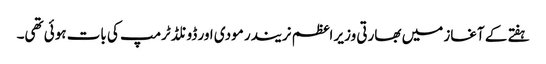
ہفتے کے آغاز میں بھارتی وزیر اعظم نریندر مودی اور ڈونلڈ ٹرمپ کی بات ہوئی تھی۔